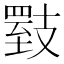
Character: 𪯇